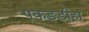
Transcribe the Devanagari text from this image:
पकड़डीहा